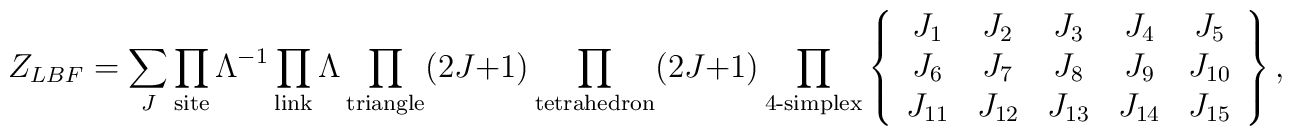
Z_{LBF} = \sum_{J}  \prod_{\hbox{\scriptsize site}} \Lambda^{-1}  \prod_{\hbox{\scriptsize link}} \Lambda  \prod_{\hbox{\scriptsize triangle}} (2J+1)  \prod_{\hbox{\scriptsize tetrahedron}} (2J+1)  \prod_{\hbox{\scriptsize 4-simplex}} \left\{  \begin{array}{ccccc}   J_1 & J_2 & J_3 & J_4 & J_5 \\   J_6 & J_7 & J_8 & J_9 & J_{10} \\   J_{11} & J_{12} & J_{13} & J_{14} & J_{15}   \end{array} \right\},